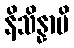
နိသိန္နာပိ